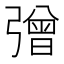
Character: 𢐞